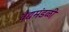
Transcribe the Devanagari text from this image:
वैद्यमंडळी